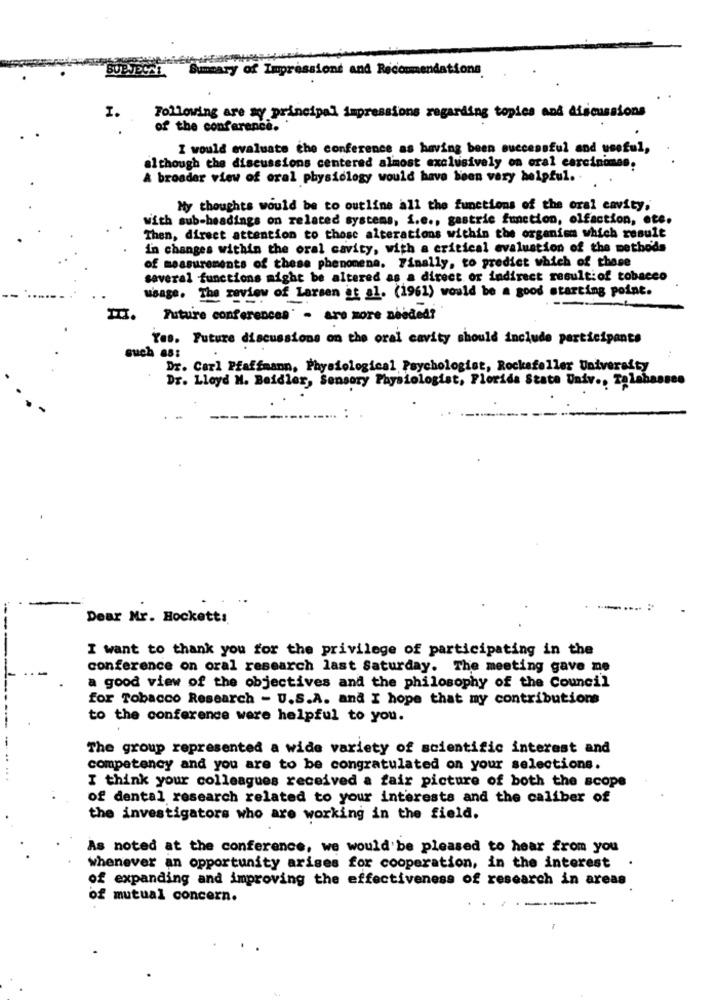
Summary of Impressions and Recommendations
1.
Following are my principal impressions regarding topics and discussions
of the conference.
I would evaluate the conference as having been successful and useful,
although the discussions centered almost exclusively on oral carcinomes.
A broader view of oral physiology would have been very helpful. -
My thoughts would be to outline all the functions of the oral cavity,
With sub-headings on related systems, i.e ., gastric function, olfaction, ete.
Then, direct attention to those alterations within the organism which result
in changes within the oral cavity, with a critical evaluation of the methods
of measurements of these phenomena. Finally, to predict which of these
several functions might be altered as a direct or indirect result:of tobacco
usage. The review of Larsen et al. (1961) would be a good starting point.
Future conferences - are more abbdedi
Yes. Future discussions on the oral cavity should include participants
such as:
Dr. Carl Pfaffmann, Physiological Psychologist, Rockefeller University
Dr. Lloyd H. Beidler, Sensory Physiologist, Florida State Univ ., Talahassee
Dear Mr. Hockett:
I want to thank you for the privilege of participating in the
conference on oral research last Saturday. The meeting gave me
a good view of the objectives and the philosophy of the Council
for Tobacco Research - U.S.A. and I hope that my contributions
to the conference were helpful to you.
The group represented a wide variety of scientific interest and
competency and you are to be congratulated on your selections.
I think your colleagues received a fair picture of both the scope
of dental research related to your interests and the caliber of
the investigators who are working in the field.
As noted at the conference, we would be pleased to hear from you
whenever an opportunity arises for cooperation, in the interest
of expanding and improving the effectiveness of research in areas
of mutual concern.
-----